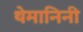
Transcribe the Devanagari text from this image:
थेमानिनी